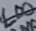
Text: LD0